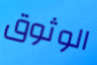
الوثوق